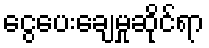
ငွေပေးချေမှုဆိုင်ရာ